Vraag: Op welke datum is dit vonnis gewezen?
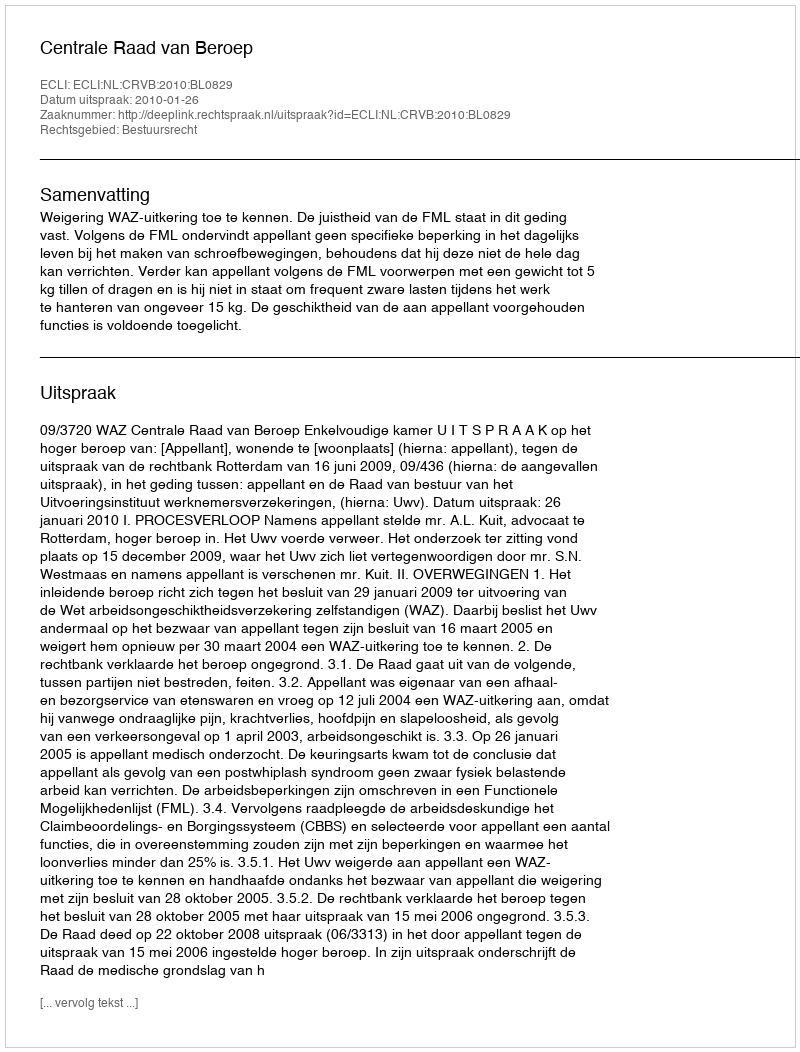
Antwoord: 2010-01-26